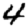
Digit: 4